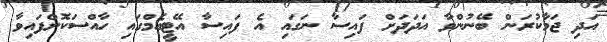
އަދި ޖަމާކުރަން ބޭނުންވާ އަދަދަށް ފައިސާ ނަގައި އެ ފައިސާ އޭޓީއެމްގައި ހާއްސަކޮށްފައިވާ